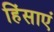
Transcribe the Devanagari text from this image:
हिंसाएं